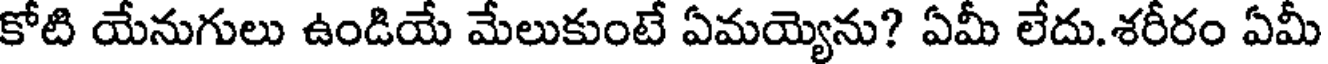
కోటి యేనుగులు ఉండియే మేలుకుంటే ఏమయ్యెను? ఏమీ లేదు.శరీరం ఏమీ